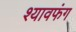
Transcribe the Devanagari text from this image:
श्यावफंग